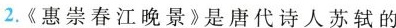
2.《惠崇春江晚景》是唐代诗人苏轼的